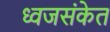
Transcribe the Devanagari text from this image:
ध्वजसंकेत